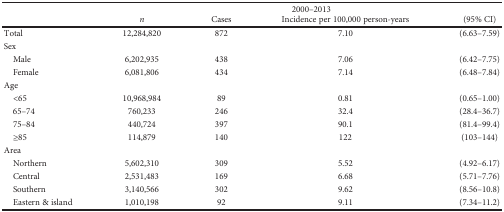
<table><thead><tr><td rowspan="2"></td><td colspan="4"><b>2000–2013</b></td></tr><tr><td><b><i>n</i></b></td><td><b>Cases</b></td><td><b>Incidence per 100,000 person-years</b></td><td><b>(95% CI)</b></td></tr></thead><tbody><tr><td>Total</td><td>12,284,820</td><td>872</td><td>7.10</td><td>(6.63–7.59)</td></tr><tr><td>Sex</td><td></td><td></td><td></td><td></td></tr><tr><td> Male</td><td>6,202,935</td><td>438</td><td>7.06</td><td>(6.42–7.75)</td></tr><tr><td> Female</td><td>6,081,806</td><td>434</td><td>7.14</td><td>(6.48–7.84)</td></tr><tr><td>Age</td><td></td><td></td><td></td><td></td></tr><tr><td> &lt;65</td><td>10,968,984</td><td>89</td><td>0.81</td><td>(0.65–1.00)</td></tr><tr><td> 65–74</td><td>760,233</td><td>246</td><td>32.4</td><td>(28.4–36.7)</td></tr><tr><td> 75–84</td><td>440,724</td><td>397</td><td>90.1</td><td>(81.4–99.4)</td></tr><tr><td> ≥85</td><td>114,879</td><td>140</td><td>122</td><td>(103–144)</td></tr><tr><td>Area</td><td></td><td></td><td></td><td></td></tr><tr><td> Northern</td><td>5,602,310</td><td>309</td><td>5.52</td><td>(4.92–6.17)</td></tr><tr><td> Central</td><td>2,531,483</td><td>169</td><td>6.68</td><td>(5.71–7.76)</td></tr><tr><td> Southern</td><td>3,140,566</td><td>302</td><td>9.62</td><td>(8.56–10.8)</td></tr><tr><td> Eastern &amp; island</td><td>1,010,198</td><td>92</td><td>9.11</td><td>(7.34–11.2)</td></tr></tbody></table>